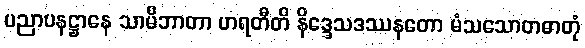
ပညာပနဋ္ဌာနေ သာမိဘာတာ ဟရတီတိ နိဒ္ဒေသဒဿနတော မံသသောတဓာတုံ